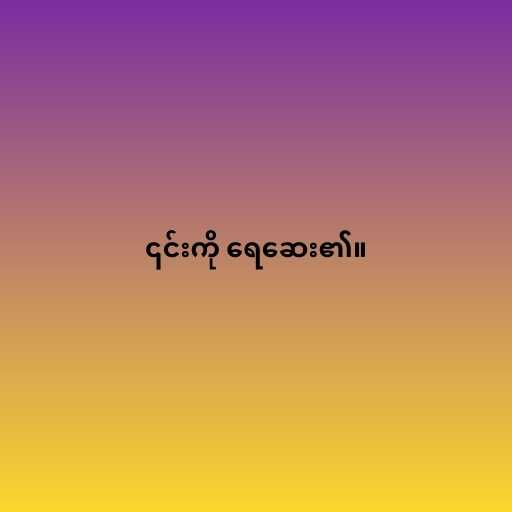
၎င်းကို ရေဆေး၏။